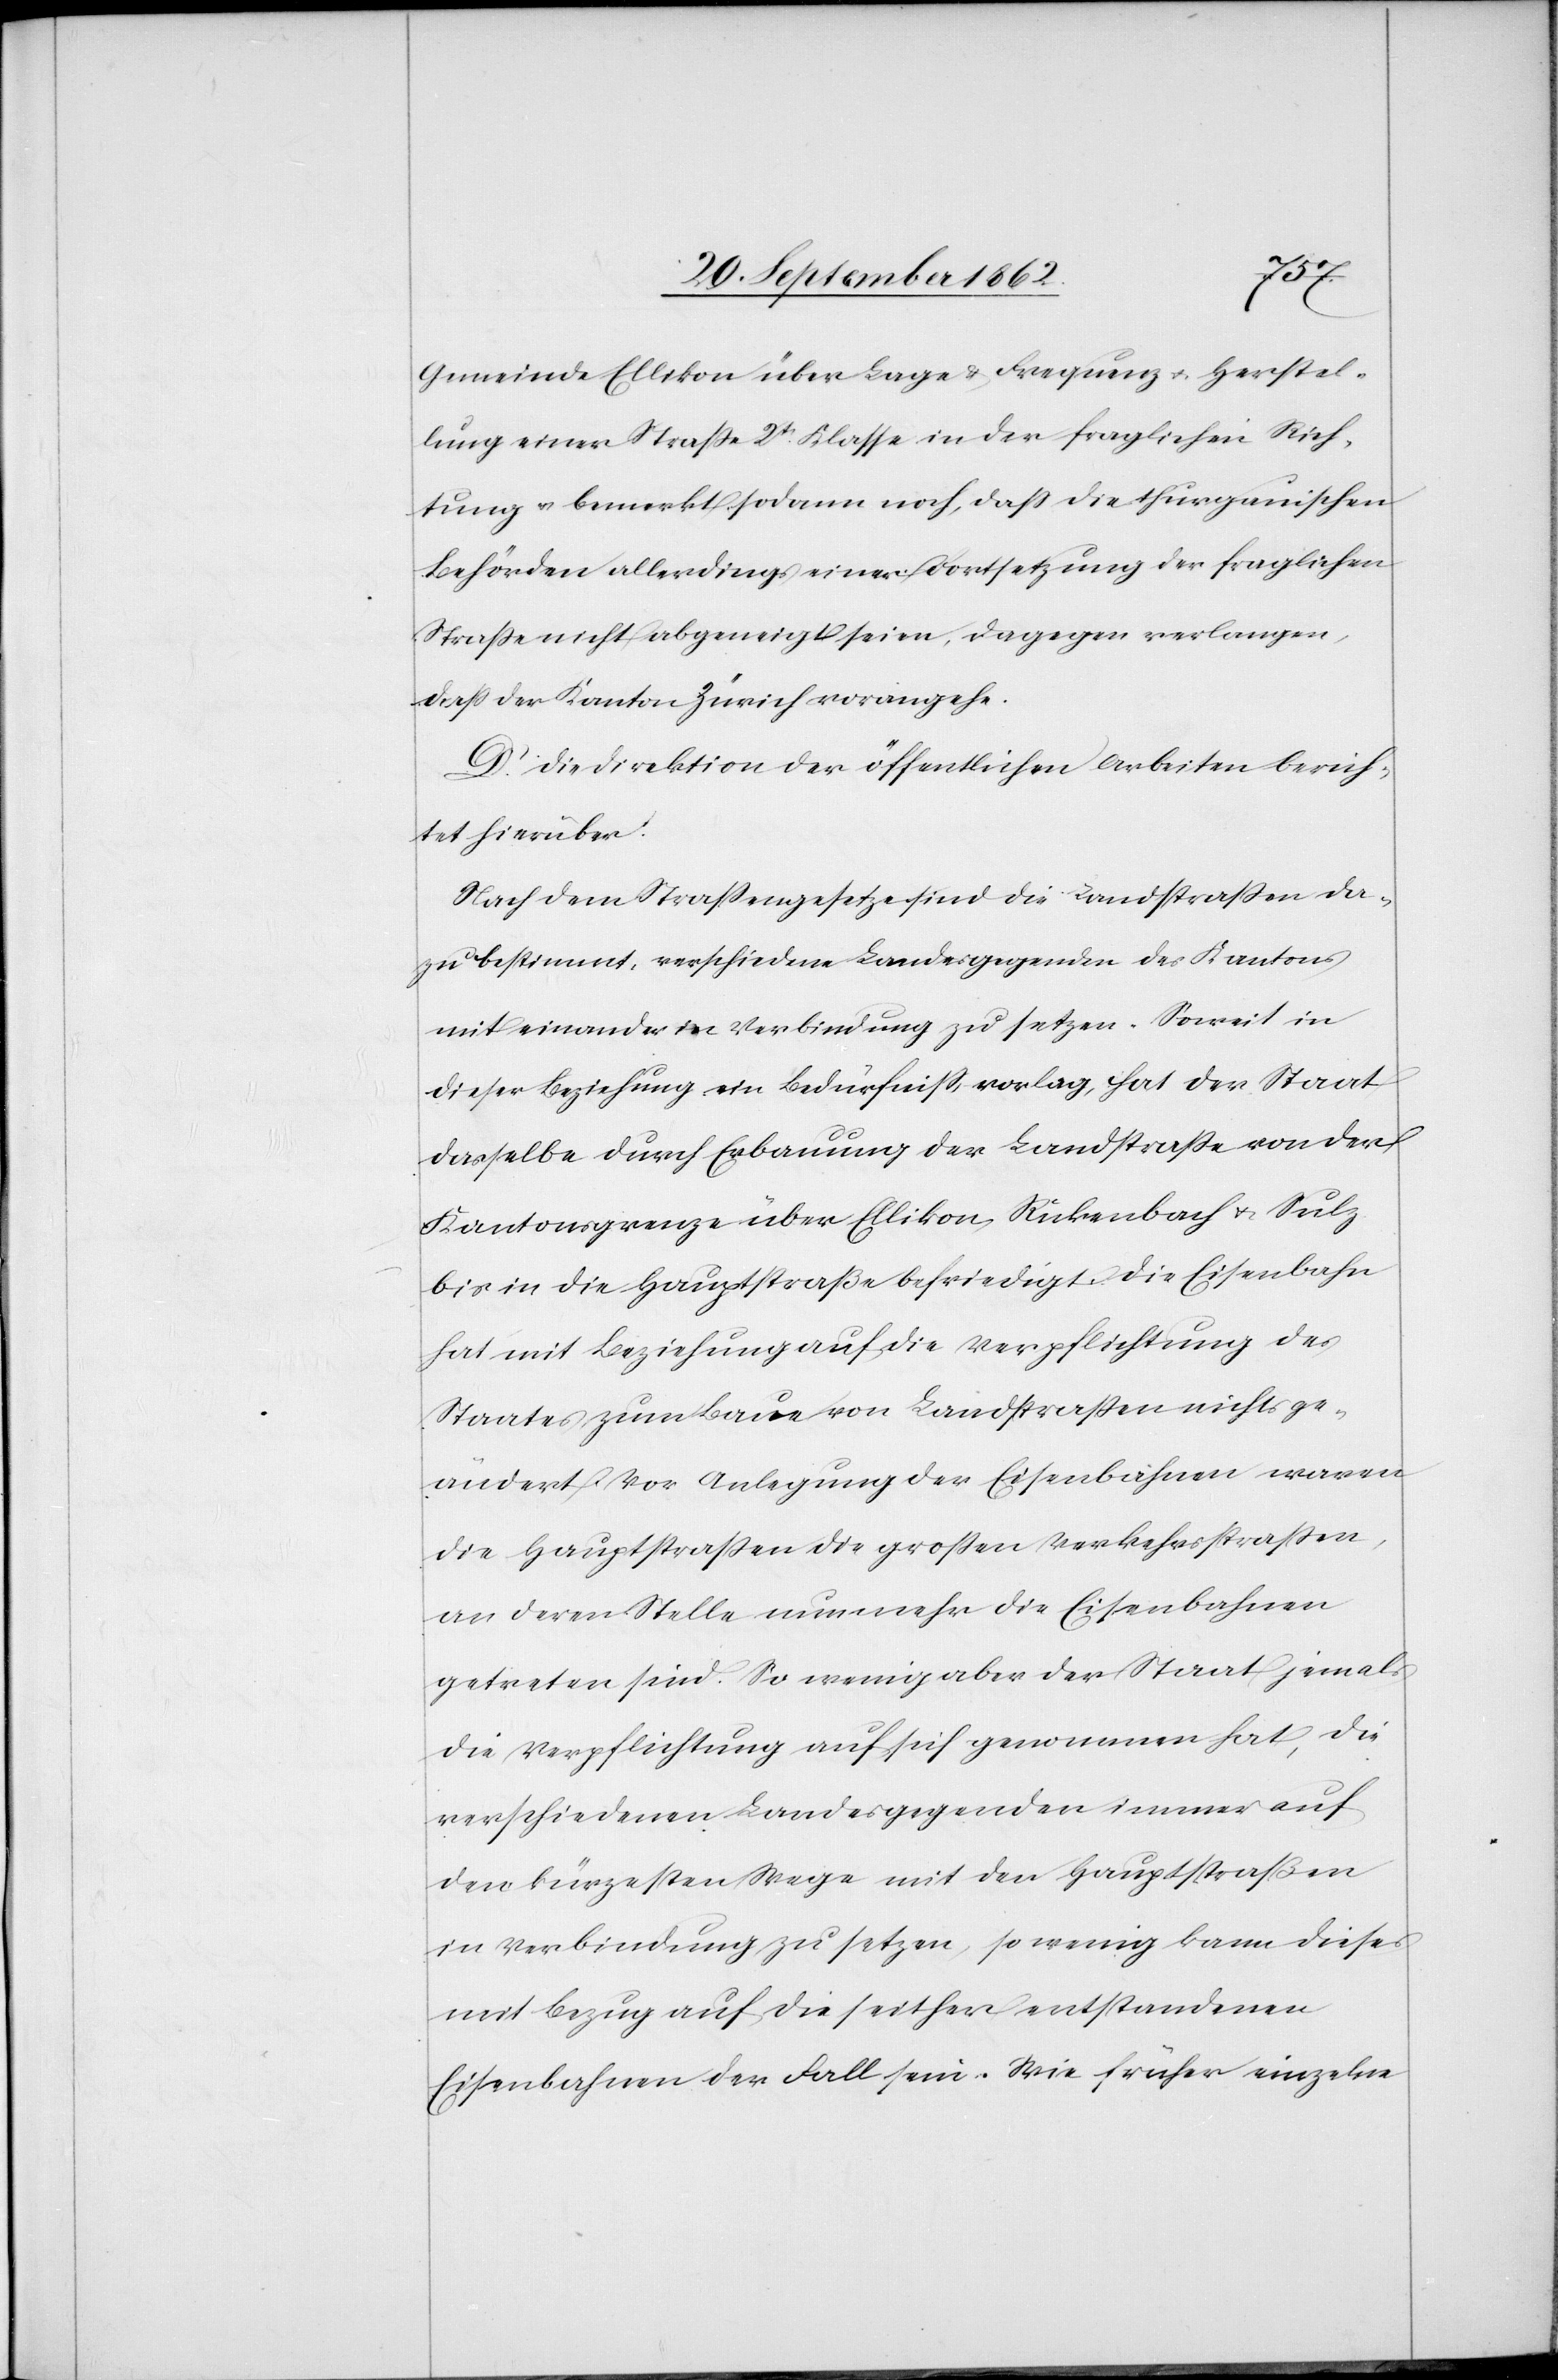
Gemeinde Ellikon über Lage u. Frequenz u. Herstel¬
lung einer Straße 2t Klasse in der fraglichen Rich¬
tung u. bemerkt sodann noch, daß die thurgauischen
Behörden allerdings einer Fortsetzung der fraglichen
Straße nicht abgeneigt seien, dagegen verlangen,
daß der Kanton Zürich vorangehe.
D. Die Direktion der öffentlichen Arbeiten berich¬
tet hierüber:
Nach dem Straßengesetze sind die Landstraßen da¬
zu bestimmt, verschiedene Landesgegenden des Kantons
mit einander in Verbindung zu setzen. Soweit in
dieser Beziehung ein Bedürfniß vorlag, hat der Staat
dasselbe durch Erbauung der Landstraße von der
Kantonsgrenze über Ellikon, Rickenbach u. Sulz
bis in die Hauptstraße befriedigt. Die Eisenbahn
hat mit Beziehung auf die Verpflichtung des
Staates zum Baue von Landstraßen nichts ge¬
ändert. Vor Anlegung der Eisenbahnen waren
die Hauptstraßen die großen Verkehrsstraßen,
an deren Stelle nunmehr die Eisenbahnen
getreten sind. So wenig aber der Staat jemals
die Verpflichtung auf sich genommen hat, die
verschiedenen Landesgegenden immer auf
den kürzesten Wege mit den Hauptstraßen
in Verbindung zu setzen, so wenig kann dieses
mit Bezug auf die seither entstandenen
Eisenbahnen der Fall sein. Wie früher einzelne